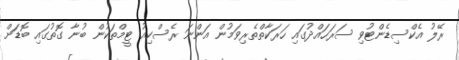
ރޭލު އެކްސިޑެންޓުވި ސަރަހައްދުގައި ހަރަކާތްތެރިވަމުން އަންނަ ރެސްކިއު ޓީމްތަކުން ބުނާ ގޮތުގައި ބޮޑަށް